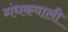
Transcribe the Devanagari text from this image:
गंधकवाली